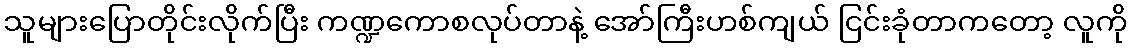
သူများပြောတိုင်းလိုက်ပြီး ကဏ္ဍကောစလုပ်တာနဲ့ အော်ကြီးဟစ်ကျယ် ငြင်းခုံတာကတော့ လူကို